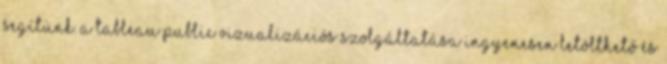
segítünk. A Tableau Public vizualizációs szolgáltatása ingyenesen letölthető és